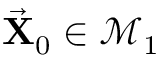
\vec { \bf X } _ { 0 } \in \mathcal { M } _ { 1 }